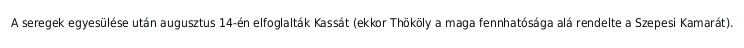
A seregek egyesülése után augusztus 14-én elfoglalták Kassát (ekkor Thököly a maga fennhatósága alá rendelte a Szepesi Kamarát).